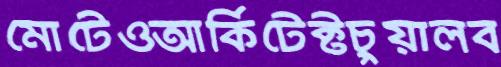
মোটেওআর্কিটেক্টচুয়ালব